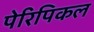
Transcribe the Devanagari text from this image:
पेरिपिकल